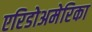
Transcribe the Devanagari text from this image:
एरिडोअमेरिका